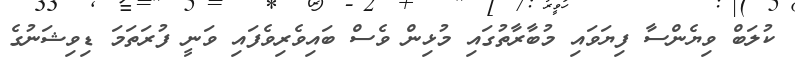
ކުލަބް ވިޔެންސާ ފިޔަވައި މުބާރާތުގައި މުޅިން ވެސް ބައިވެރިވެފައި ވަނީ ފުރަތަމަ ޑިވިޝަނުގެ